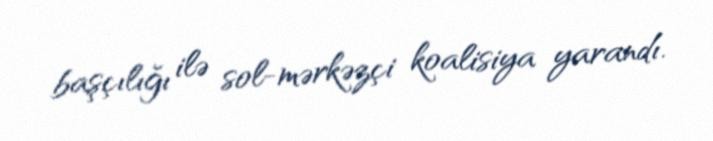
başçılığı ilə sol-mərkəzçi koalisiya yarandı.